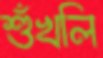
শুঁখলি